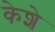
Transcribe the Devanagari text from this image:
केशे